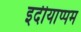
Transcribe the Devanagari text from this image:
इदीयाप्पम